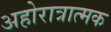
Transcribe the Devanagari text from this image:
अहोरात्रात्मक